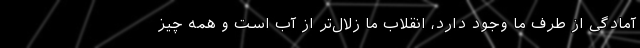
آمادگی از طرف ما وجود دارد، انقلاب ما زلال‌تر از آب است و همه چیز